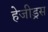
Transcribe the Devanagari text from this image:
हेजीड्रस